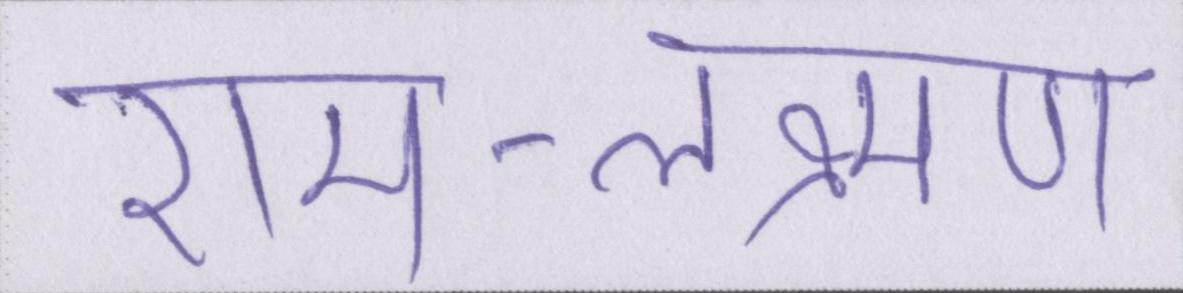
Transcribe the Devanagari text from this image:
राम-लक्ष्मण